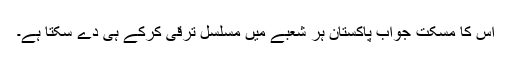
اس کا مسکت جواب پاکستان ہر شعبے میں مسلسل ترقی کرکے ہی دے سکتا ہے۔